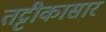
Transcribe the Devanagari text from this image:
तट्टीकासार